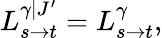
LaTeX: L_{s\to t}^{\gamma|J^{\prime}}=L_{s\to t}^{\gamma},